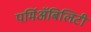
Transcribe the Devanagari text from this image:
पर्मिअॅबिलिटी